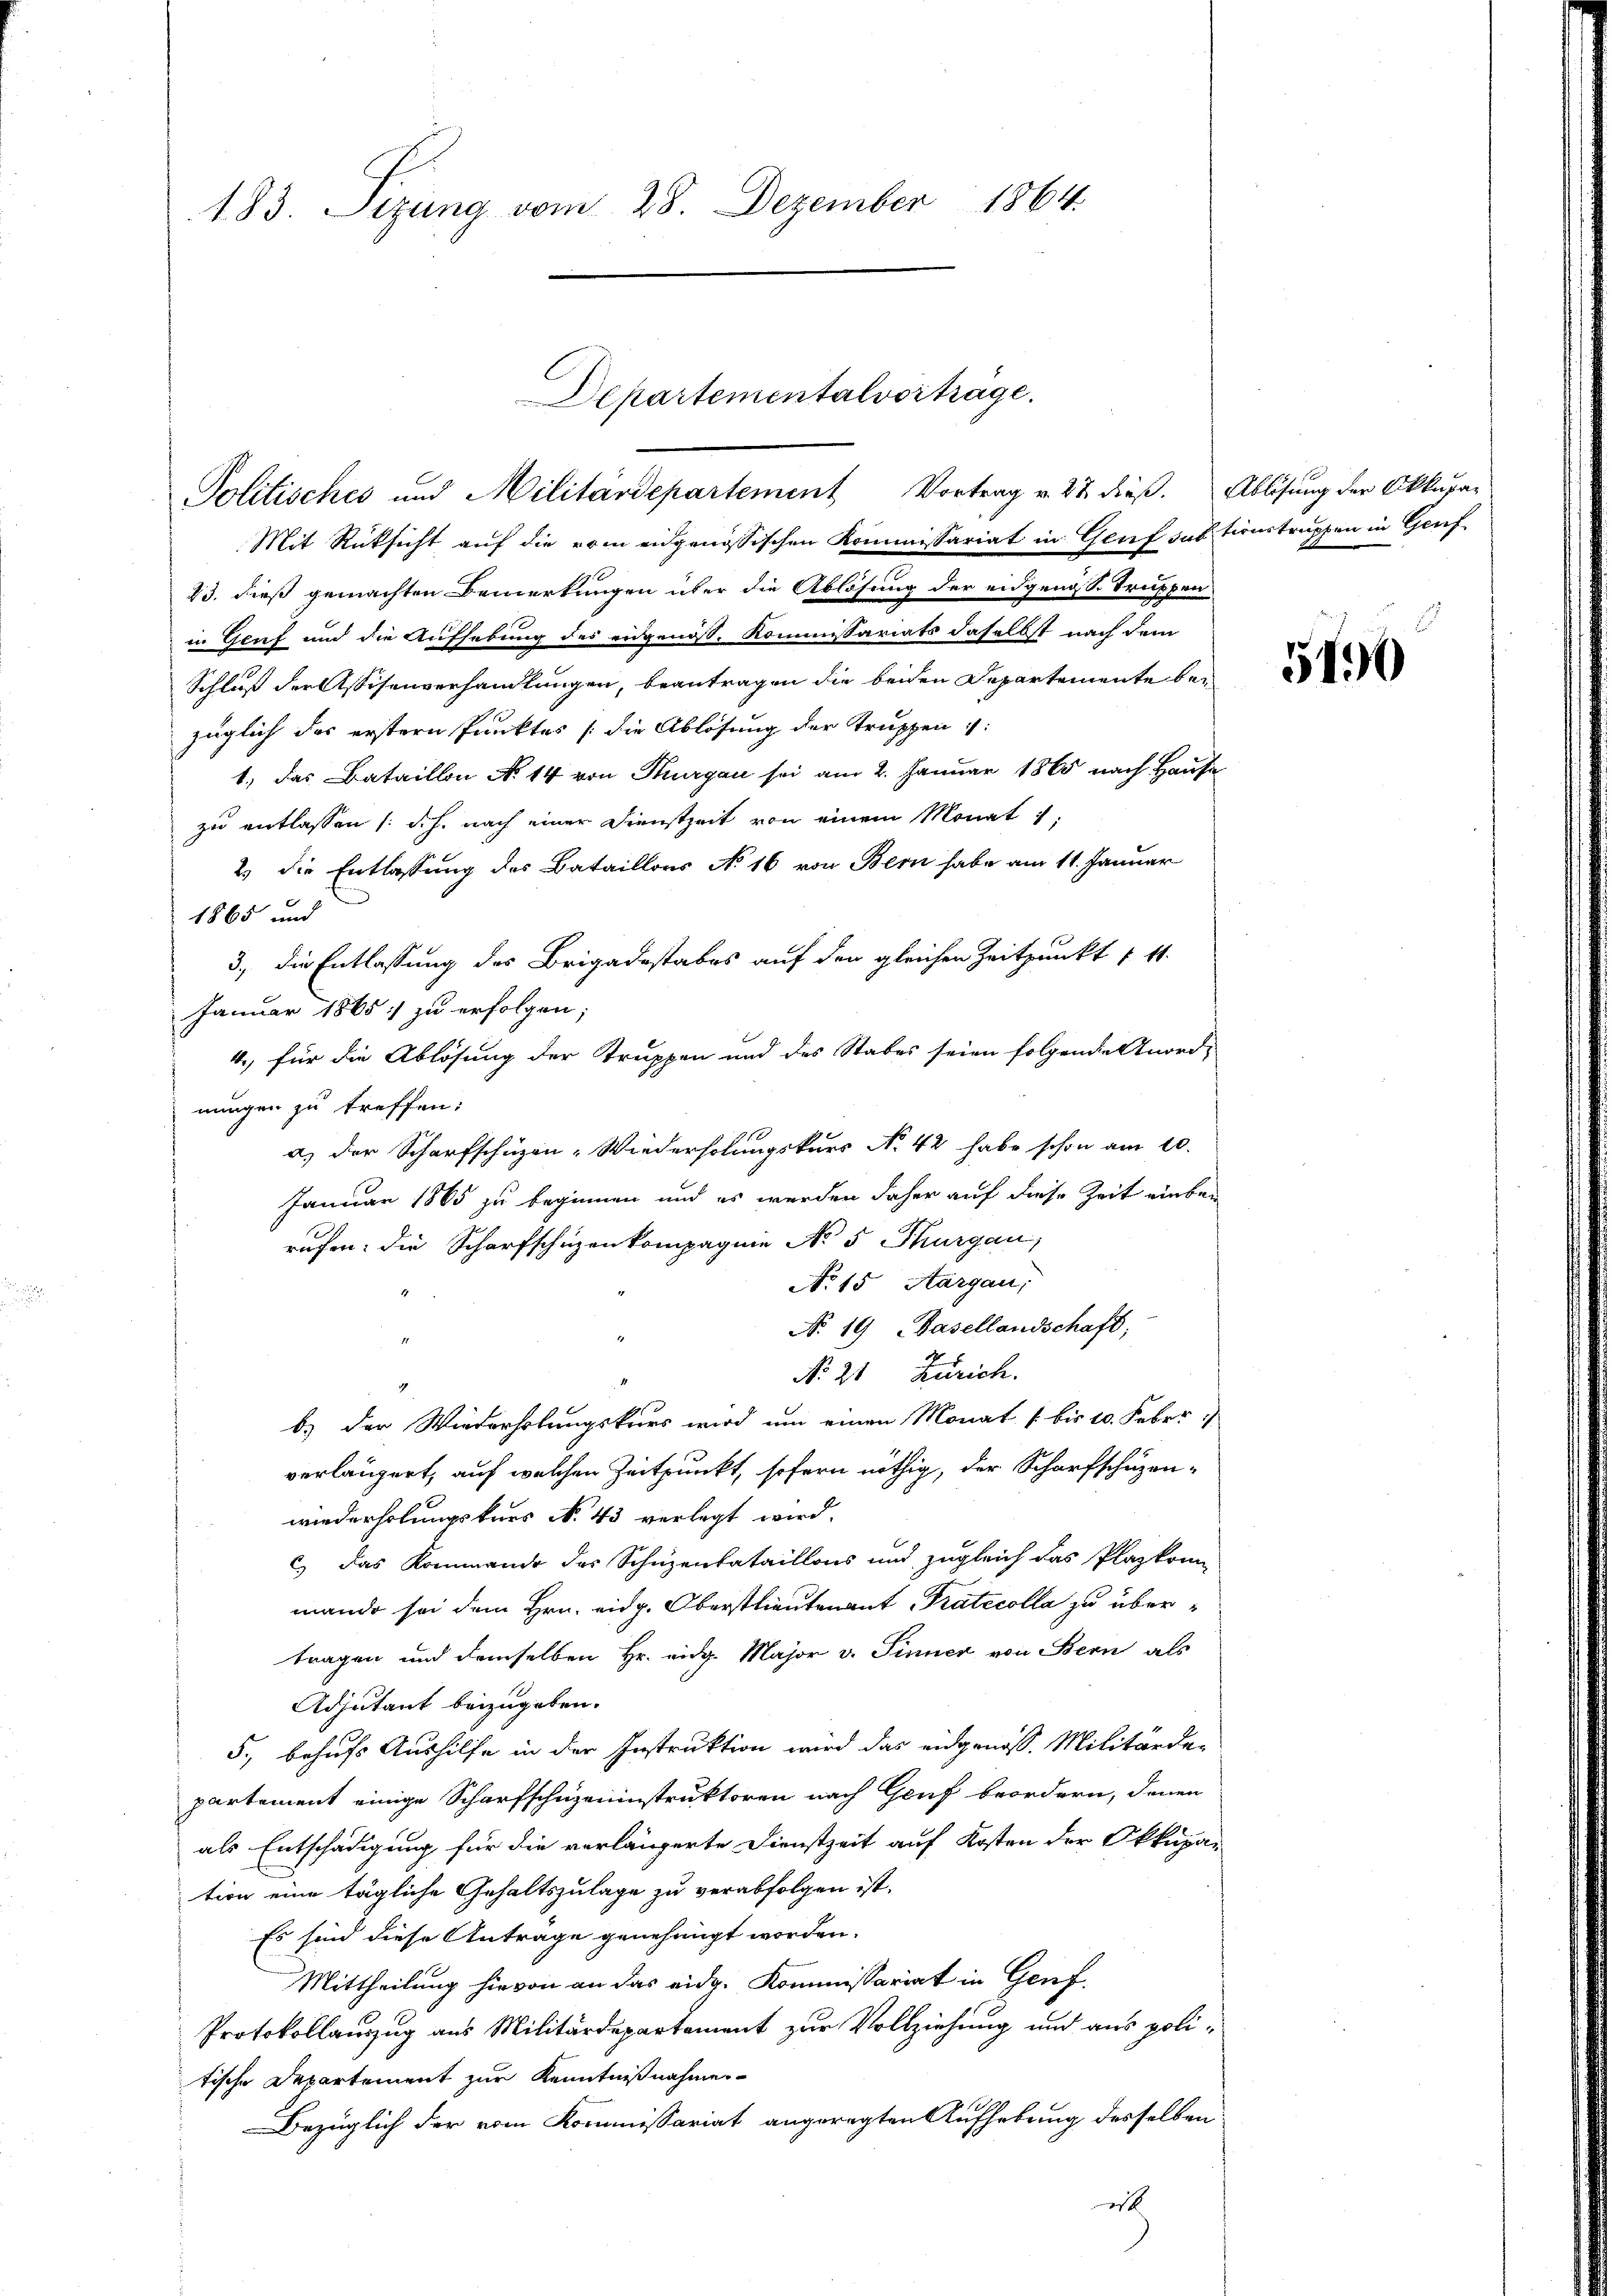
183. Sizung vom 28. Dezember 1864.

Departementalvortrage.
Politisches und Militärdepartement Vortrag v. 22 dieβ. Ablösung der Okkupa-

Mit Rücksicht auf die vom eidgenössischen Kommissariat in Grief subtionstruppen in Genf
13. dieß gemachten Bemerkungen über die Ablösung der eidgen. Truppen
in Genf und die Aufhebung des eidgenöss. Kommissariats daselbst nach dem
Schluß der Assisenverhandlungen, beantragen die beiden Departemente bezüglich das erstern Punktes (die Ablösung der Truppen :
1., das Bataillon No. 14 von Thurgau sei am 2. Januar 1865 nach Hause
zu entlassen /: d.h. nach einer Dienstzeit von einem Monat 1
2.) die Entlassung des Bataillons No 16 von Bern habe am 11. Januar
1865 und
3., die Entlassung des Brigadestabes auf den gleichen Zeitpunkt u. 11.
Januar 1865 zu erfolgen;
4., für die Ablösung der Truppen und des Stabes seien folgende Anord-
nungen zu treffen:
a) der Scharfschüzen- Wiederholungskurs No 42 habe schon am 10.
Januar 1865 zu beginnen und es werden daher auf diese Zeit einberufen: die Scharfschüzenkompagnie No 5 Thurgau,
No 15 Aargau,
No. 19, Basellandschaft,
No 21. Zürich.
b.) der Wiederholungskurs wird um einen Monat 1 bis 10. Feber
verlängert, auf welchen Zeitpunkt, sofern nöthig, der Scharfschuzenwiederholungskurs No. 43 verlegt wird.
c) das Kommende des Schuzenbataillons und zugleich das Plazkon
mande sei dem Hrn. eidg. Oberstlieutenant Pratecolla zu übertragen und demselben Hr. eidg. Major v. Sinner von Bern als
Adjutant beizugeben.
5., behufs Aushilfe in der Instruktion wird das eidgenoss. Militärde-
partement einige Scharfschuzeninstruktoren nach Genf beordern, denen
als Entschädigung für die verlängerte Dienstzeit auf Kosten der Okkupa-
tion eine tägliche Gehaltszulage zu verabfolgen ist.
Es sind diese Anträge genehmigt worden.
Mittheilung hievon an das eidg. Kommissariat in Genf.
Protokollauszug aus Militärdepartement zur Vollziehung und aus politische Departement zur Kenntnißnahme
Bezüglich der vom Kommissariat angeregten Aufhebung desselben
i

5490